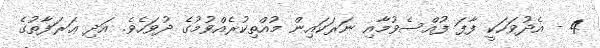
4 - އެދުވަހަކީ ފާފަ ފުއްސެވުމާއި ނަރަކައިން މުއްތިކުރެއްވުމުގެ ދުވަހެވެ. އަދި ޢަރަފާތުގެ